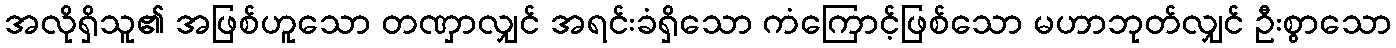
အလိုရှိသူ၏ အဖြစ်ဟူသော တဏှာလျှင် အရင်းခံရှိသော ကံကြောင့်ဖြစ်သော မဟာဘုတ်လျှင် ဦးစွာသော